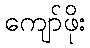
ကျော်ဖိုး